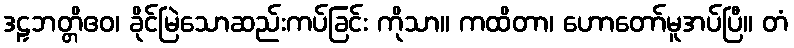
ဒဠှဘတ္တိဧဝ၊ ခိုင်မြဲသောဆည်းကပ်ခြင်း ကိုသာ။ ကထိတာ၊ ဟောတော်မူအပ်ပြီ။ တံ